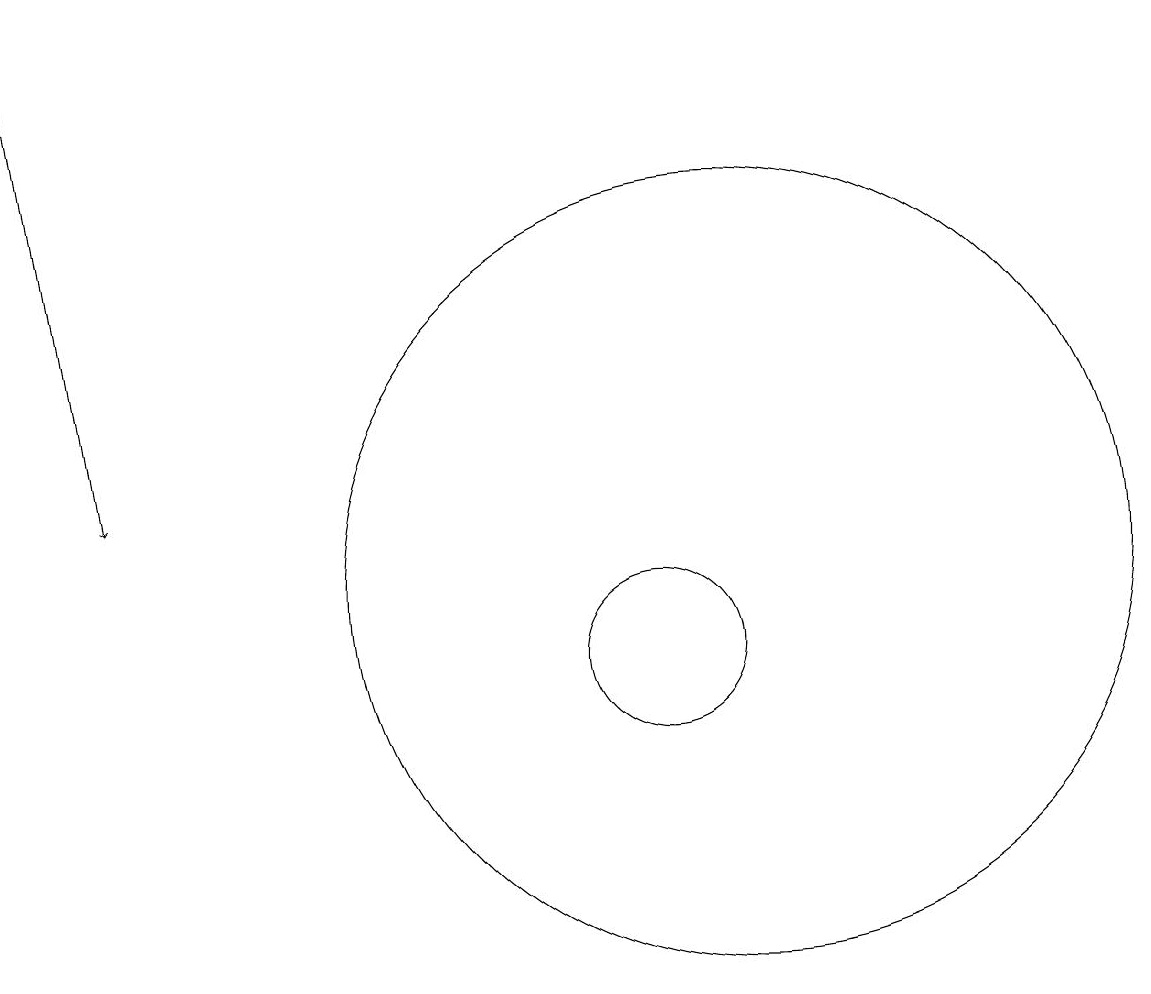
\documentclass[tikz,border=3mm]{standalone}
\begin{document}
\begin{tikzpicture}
\draw[->] (3,19) -- (4,13);
\draw (11,11) circle (1);
\draw (12,12) circle (5);
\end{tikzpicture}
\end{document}